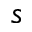
s